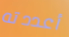
أعددته